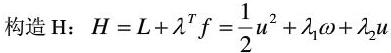
构造 $\mathrm{H}$：$H = L+\lambda^{T} f=\frac{1}{2} u^{2}+\lambda_{1} \omega+\lambda_{2} u$